Plague in India, 1896, 1897 - Volume 1
Year: 1896
Disease focus: Plague
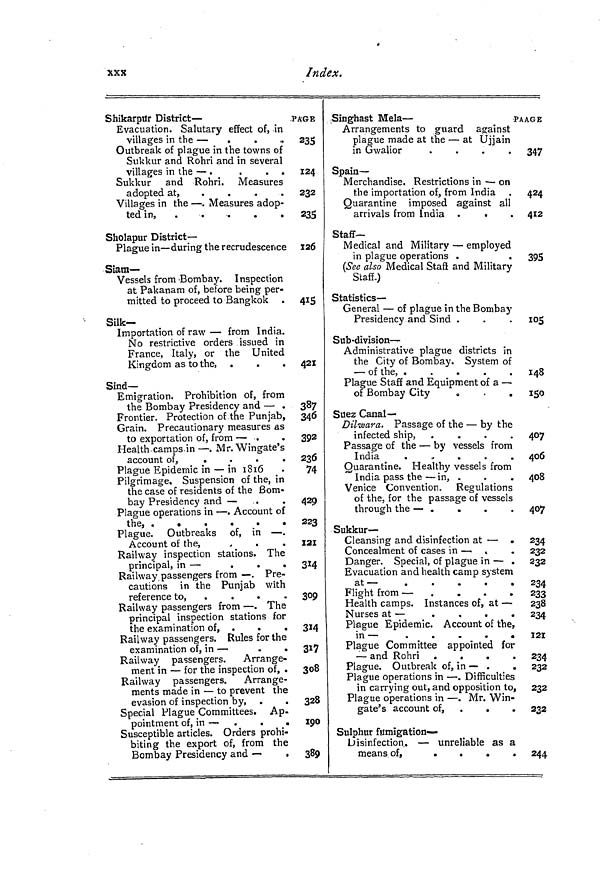
XXX
Index.
Shikarpur District-
Evacuation. Salutary effect of, in
villages in the —
. . . .
Outbreak of plague in the towns of
Sukkur and Rohri and in several
villages in the — .
.
. .
Sukkur and Rohri. Measures
adopted a t ,
. . . .
Villages in the — . Measures adop-
ted in,
Sholapur District-
Plague in — during the recrudescence
Siam—
Vessels from Bombay. Inspection
at Pakanam of, before being per-
mitted to proceed to Bangkok
Silk-
Importation of raw — from India.
No restrictive orders issued in
France, Italy, or the United
Kingdom as to the, .
.
.
Sind—
Emigration. Prohibition of, from
the Bombay Presidency and — .
Frontier. Protection of the Punjab,
Grain. Precautionary measures as
to exportation of, from — .
Health camps in — . Mr. Wingate's
account of, .
.
.
.
Plague Epidemic in — in 1816
Pilgrimage, Suspension of the, in
the case of residents of the Bom-
bay Presidency and —
Plague operations in — . Account of
the, . . . . . . . . . .
Plague. Outbreaks of, in —
Account of the,
Railway inspection stations. The
principal, in —
.
.
.
Railway passengers from — . Pre-
cautions in the Punjab with
reference to,
.
.
Railway passengers from — . The
principal inspection stations for
the examination of, .
Railway passengers. Rules for the
examination of, in —
.
.
Railway passengers.
Arrange-
ment in — for the inspection of, .
Railway passengers. Arrange-
ments made in — to prevent the
evasion of inspection by,
Special Plague Committees. Ap-
pointment of, in — ,
.
.
Susceptible articles. Orders prohi-
biting the export of, from the
Bombay Presidency and —
.
-PAGE
235
124
232
235
126
415
421
387
340
392
236
74
429
223
121
314
309
314
317
308
328
190
389
Singhast Mela —
PAAGE
Arrangements to guard against
plague made at the — at Ujjain
in Gwalior
.
.
.
.
Spain—
Merchandise. Restrictions in — on
the importation of, from India
Quarantine imposed against all
arrivals from India .
.
Staff-
Medical and Military — employed
in plague operations .
.
(See also Medical Stan and Military
Staff.)
Statistics-
General — of plague in the Bombay
Presidency and Sind .
Sub-division —
Administrative plague districts in
the City of Bombay. System of
of the, .
.
.
.
.
Plague Staff and Equipment of a —
of Bombay City
.
.
Suez Canal—
Dilwara. Passage of the — by the
infected ship, .
.
.
.
Passage of the — by vessels from
India
. . . . . .
Quarantine. Healthy vessels from
India pass the — in, .
Venice Convention, Regulations
of the, for the passage of vessels
through the — .
Sukkur—
Cleansing and disinfection at —
Concealment of cases in —
,
.
Danger. Special, of plague in — .
Evacuation and health camp system
at — . . . .
Flight from —
.
.
.
.
Health camps. Instances of, at —
Nurses at —
.
.
.
Plague Epidemic. Account of the,
in -
.
Plague Committee appointed for
— and Rohri
.
.
.
.
Plague. Outbreak of, in — .
.
Plague operations in — . Difficulties
in carrying out, and opposition to,
Plague operations in — . Mr. Win-
gate's account of, .
.
Sulphur fumigation-
Disinfection. — unreliable as a
means of,
.
.
.
.
347
424
412
395
105
148
150
407
406
408
407
234
232
232
234
233
238
234
121
234
232
232
232
244